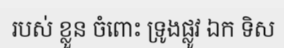
របស់ ខ្លួន ចំពោះ ទ្រូងផ្លូវ ឯក ទិស